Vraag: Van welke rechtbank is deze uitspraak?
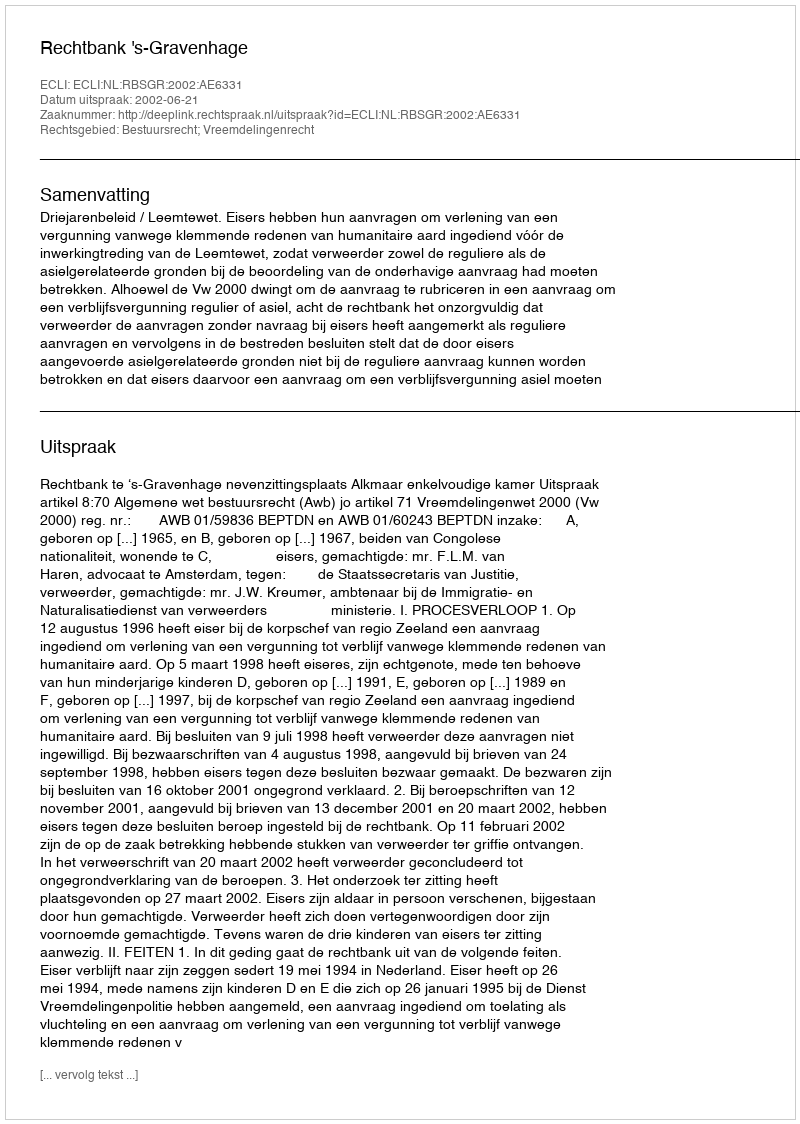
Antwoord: Rechtbank 's-Gravenhage